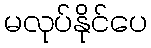
မလုပ်နိုင်ပေ